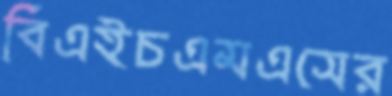
বিএইচএমএসের